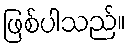
ဖြစ်ပါသည်။